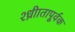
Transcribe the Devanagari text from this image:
श्ध्रीातापूर्वक